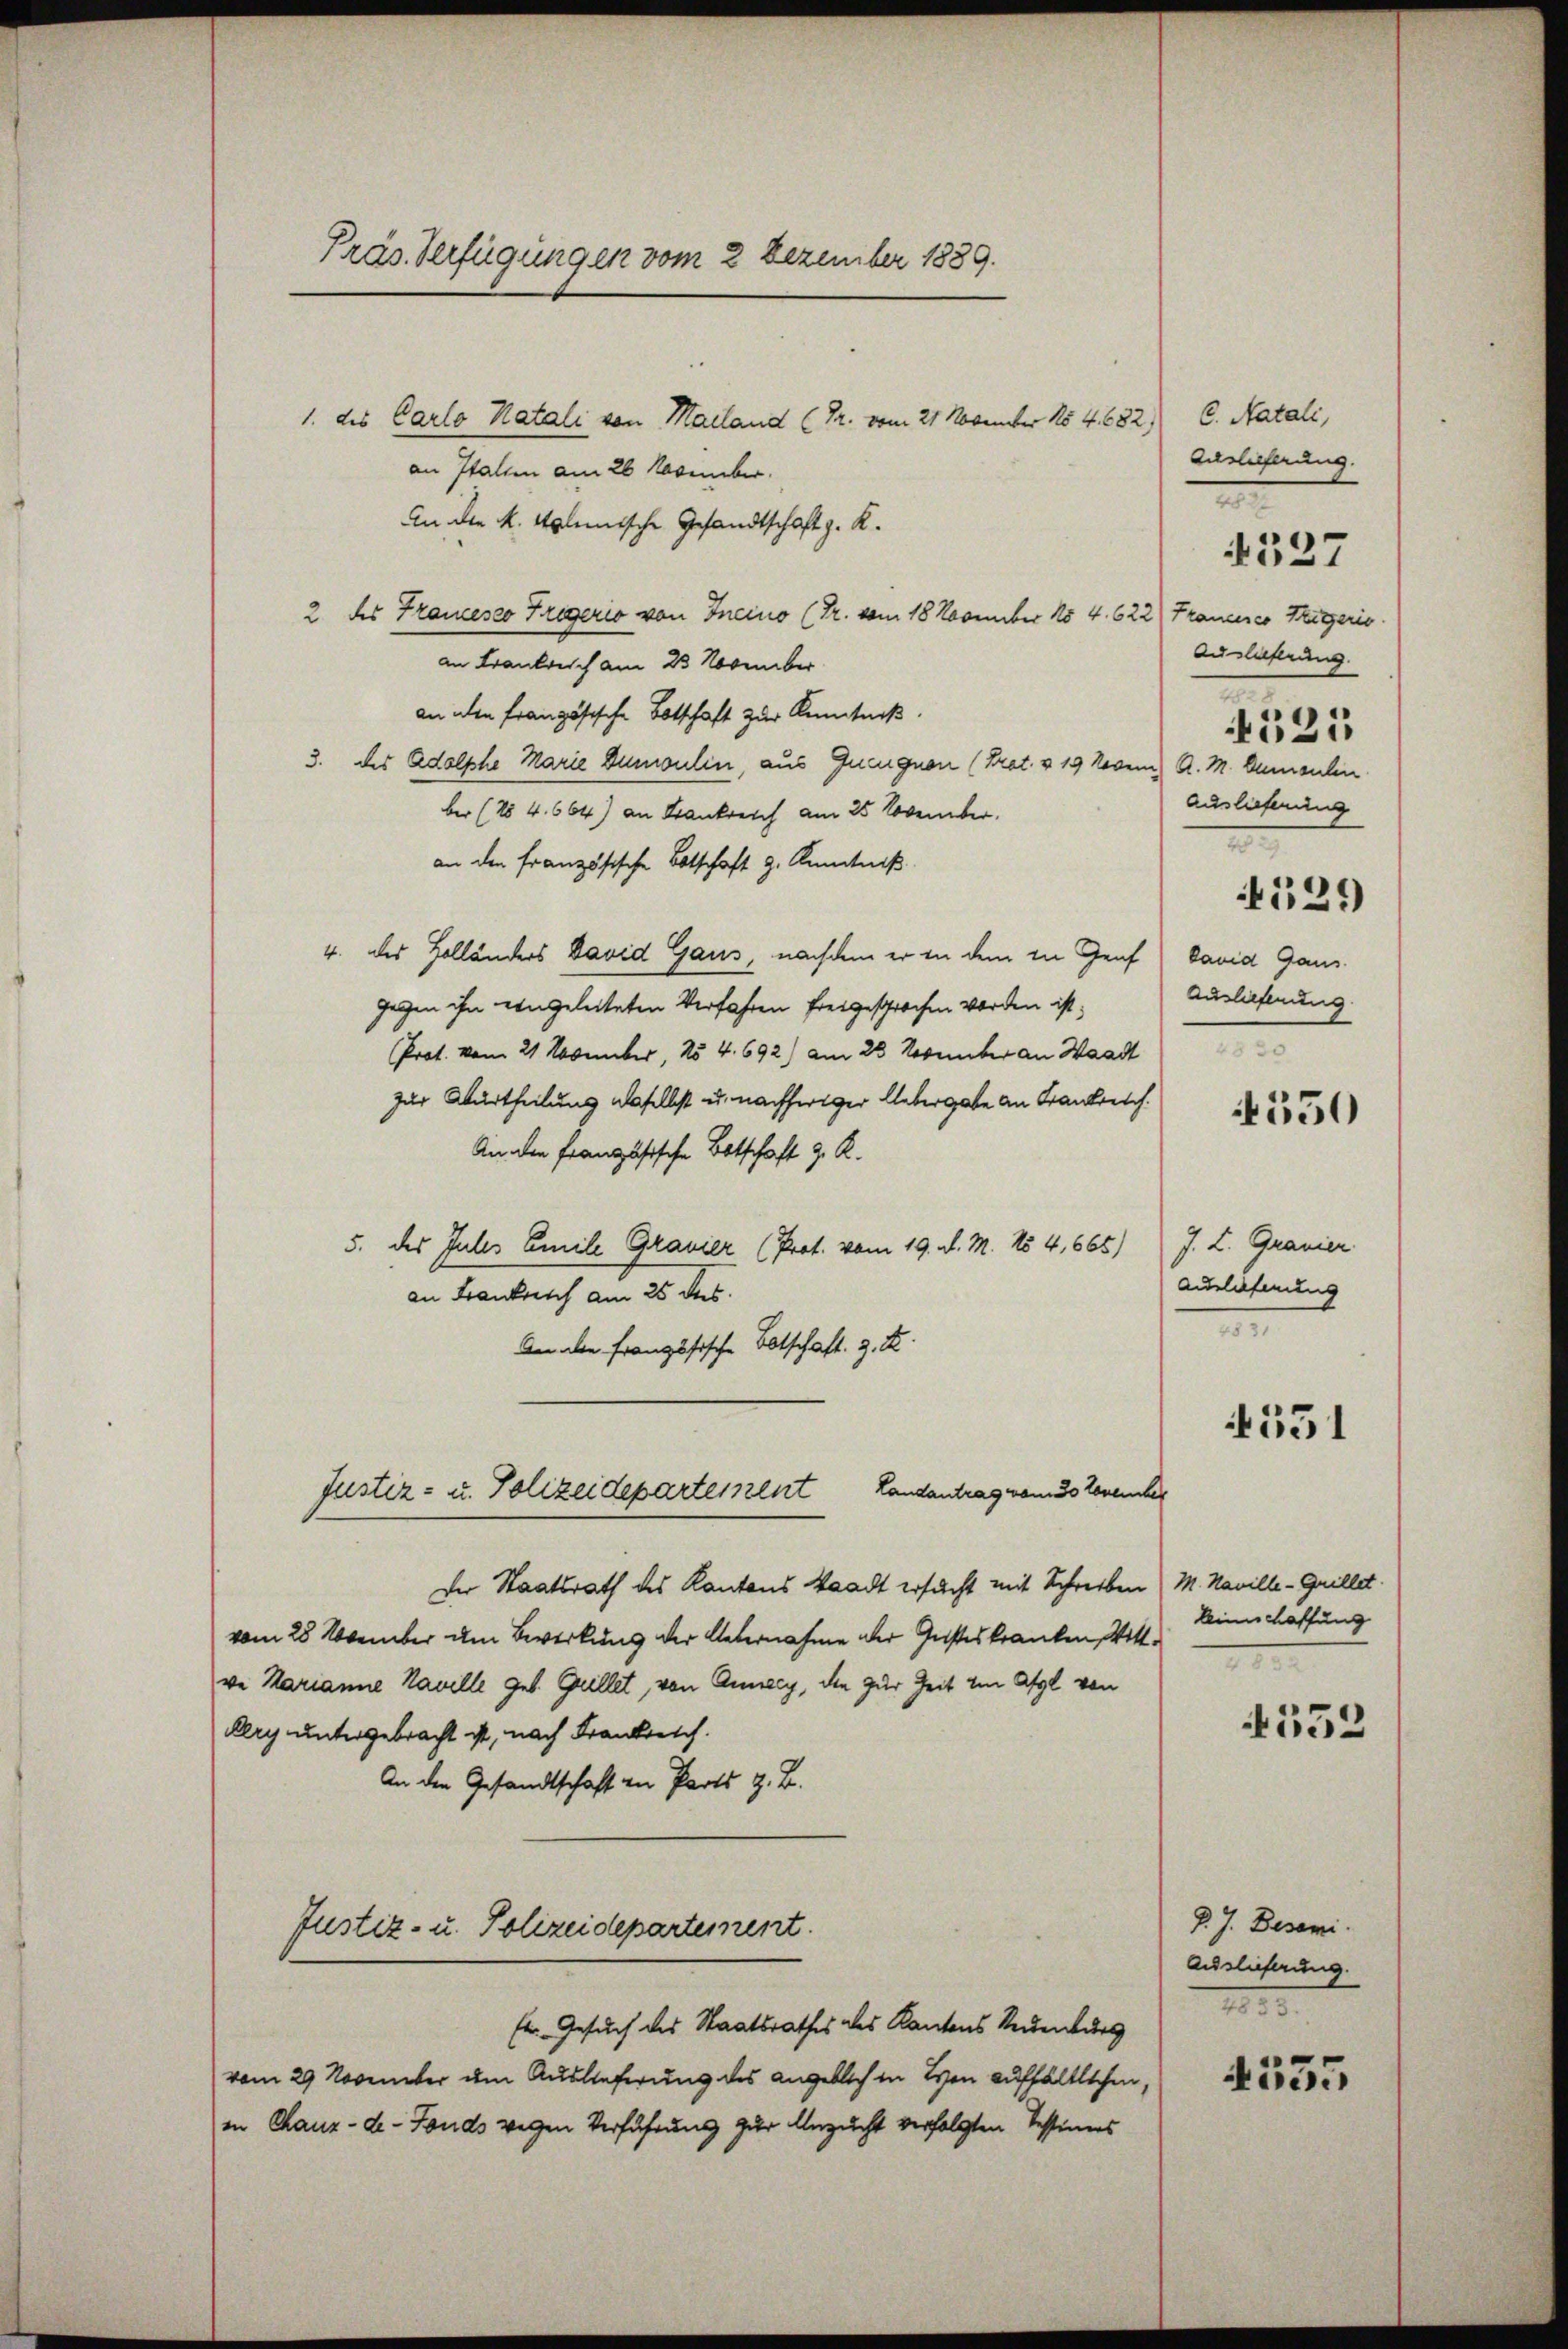
Präs. Verfügungen vom 2 Dezember 1889.

1. des Carlo Katali von Mailand (Pr. vom 21. November 154. 632) C. Natali,
an Italien am 26 November.
An die k. Solmische Gesandtschaft z. K.
2 des Francesco Trigerio von Ineino (Dr. vom 18 November No 4. 622) Frauenico geric
an Frankreich am 23. November
an den französische Botschaft zur Kenntniß.
3. des Adolphe Marie Dumoulin, aus Zueignen (Krat. § 19 Novem) A. M. Dumsulen
ber (154. 664) an Krankreich am 25. November.
an den französische Botschaft z. Kenntniß
4. des Holländers David Gaus, nachdem er in dem in Genf
gegen ihn eingeleiteten Verfahren freigesprochen worden ist,
Prot. vom 21 November, No 4. 692) am 28 November an Waadt
zur Aburtheilung daselbst u. nachheriger Uebergabe an Frankreich.
An den Französische Botschaft z. R.
5. des Jules Emile Granier (Prot. vom 19. d. M. No 4,665) J. L. Granier
an Frankreich am 25 des
An aber französische Botschaft. g. T.
Justiz- u. Polizeideparteiszent Landantrag vom 30 November
Der Staatsrath des Kantons Staadt ersucht mit Schreiben / M. Naville - Grillet.
vom 28 November um Bewirkung der Uebernahme der Geisteskranken, Wittve Marianne Haville geb. Grillet, von Anney, den zur Zeit im Asyl von
Pery untergebracht ist, nach Frankreich.
An die Gesandtschaft in Parts z. B.

Justiz- u. Polizeidepartement.

Er Gesuch des Staatsrathes des Kantons Neuenburg
vom 29. November um Auslieferung des angeblich in Ton aufhältlichen,
in Chaux-de-Fonds wegen Verführung zur Anzucht verfolgten Tessiners

Auslieferung
e
Auslastung
.
521
Auslieferung
e
129
band Gaus
Auslieferung
4830

527

550

Auslieferung
n

551

keine Kaffung
1

4552

D. J. Besami
Auslieferung.
12.

4535